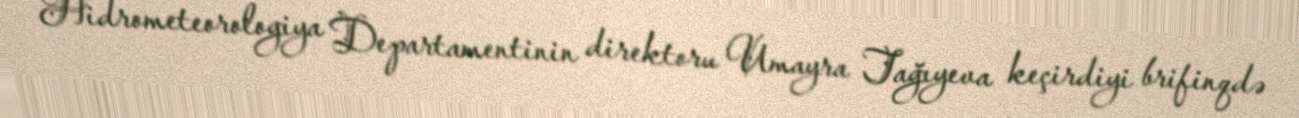
Hidrometeorologiya Departamentinin direktoru Umayra Tağıyeva keçirdiyi brifinqdə